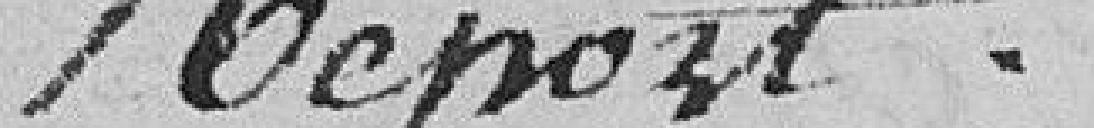
Repost